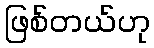
ဖြစ်တယ်ဟု